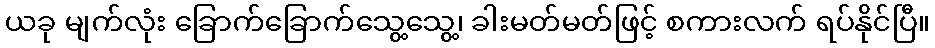
ယခု မျက်လုံး ခြောက်ခြောက်သွေ့သွေ့၊ ခါးမတ်မတ်ဖြင့် စကားလက် ရပ်နိုင်ပြီ။